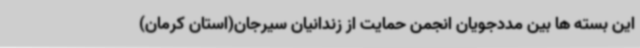
این بسته ها بین مددجویان انجمن حمایت از زندانیان سیرجان(استان کرمان)